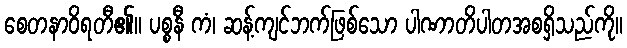
စေတနာဝိရတီ၏။ ပစ္စနီ ကံ၊ ဆန့်ကျင်ဘက်ဖြစ်သော ပါဏာတိပါတအစရှိသည်ကို။